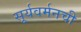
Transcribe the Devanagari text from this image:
सूर्यवर्मनची